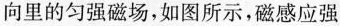
向里的匀强磁场，如图所示，磁感应强